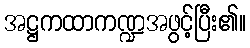
အဋ္ဌကထာကဏ္ဍအဖွင့်ပြီး၏။